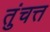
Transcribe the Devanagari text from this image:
तुंचत्त